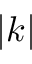
| k |